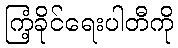
ကြံ့ခိုင်ရေးပါတီကို